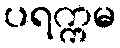
ပရက္ကမ